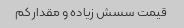
قیمت سسش زیاده و مقدار کم